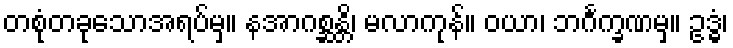
တစုံတခုသောအရပ်မှ။ နအာဂစ္ဆန္တိ၊ မလာကုန်။ ဝယာ၊ ဘင်္ဂက္ခဏမှ။ ဥဒ္ဓံ၊